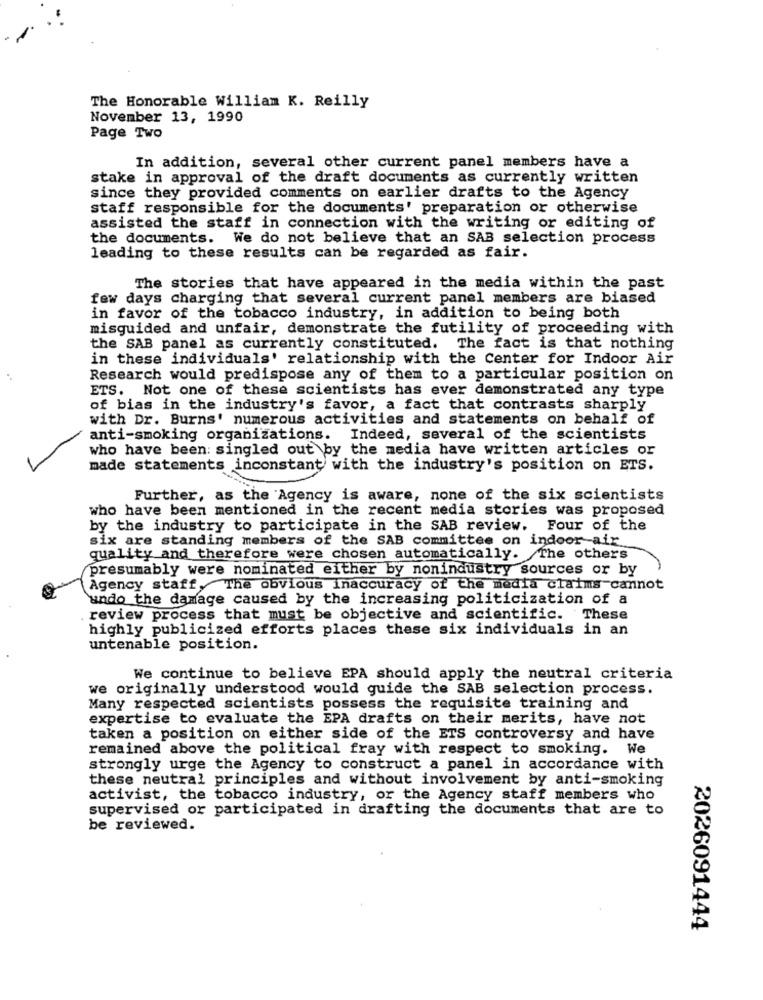
The Honorable William K. Reilly
November 13, 1990
Page Two
In addition, several other current panel members have a
stake in approval of the draft documents as currently written
since they provided comments on earlier drafts to the Agency
staff responsible for the documents' preparation or otherwise
assisted the staff in connection with the writing or editing of
the documents. We do not believe that an SAB selection process
leading to these results can be regarded as fair.
The stories that have appeared in the media within the past
few days charging that several current panel members are biased
in favor of the tobacco industry, in addition to being both
misguided and unfair, demonstrate the futility of proceeding with
the SAB panel as currently constituted. The fact is that nothing
in these individuals' relationship with the Center for Indoor Air
Research would predispose any of them to a particular position on
ETS. Not one of these scientists has ever demonstrated any type
of bias in the industry's favor, a fact that contrasts sharply
with Dr. Burns' numerous activities and statements on behalf of
anti-smoking organizations. Indeed, several of the scientists
who have been: singled out by the media have written articles or
made statements inconstant with the industry's position on ETS.
Further, as the Agency is aware, none of the six scientists
who have been mentioned in the recent media stories was proposed
by the industry to participate in the SAB review. Four of the
six are standing members of the SAB committee on indoor air
quality and therefore were chosen automatically. The others
presumably were nominated either by nonindustry sources or by
Agency staff, The obvious inaccuracy of the media claims cannot
undo the damage caused by the increasing politicization of a
review process that must be objective and scientific. These
highly publicized efforts places these six individuals in an
untenable position.
We continue to believe EPA should apply the neutral criteria
we originally understood would guide the SAB selection process.
Many respected scientists possess the requisite training and
expertise to evaluate the EPA drafts on their merits, have not
taken a position on either side of the ETS controversy and have
remained above the political fray with respect to smoking. We
strongly urge the Agency to construct a panel in accordance with
these neutral principles and without involvement by anti-smoking
activist, the tobacco industry, or the Agency staff members who
supervised or participated in drafting the documents that are to
be reviewed.
2026091444